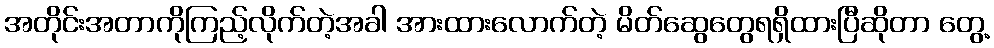
အတိုင်းအတာကိုကြည့်လိုက်တဲ့အခါ အားထားလောက်တဲ့ မိတ်ဆွေတွေရရှိထားပြီဆိုတာ တွေ့